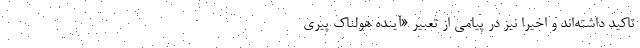
تاکید داشته‌اند و اخیراً نیز در پیامی از تعبیر «آینده‌ هولناک پیری